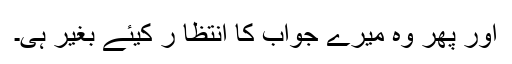
اور پھر وہ میرے جواب کا انتظا ر کیئے بغیر ہی۔